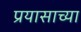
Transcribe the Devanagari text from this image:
प्रयासाच्या